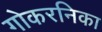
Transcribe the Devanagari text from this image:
गोकरनिका